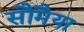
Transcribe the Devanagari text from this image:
सौमैया